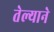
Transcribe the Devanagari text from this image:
तेल्याने